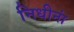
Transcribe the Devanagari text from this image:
निधीनां